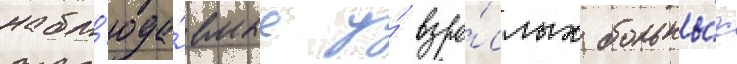
набл'юда́емые у́ взро́слых больны́х